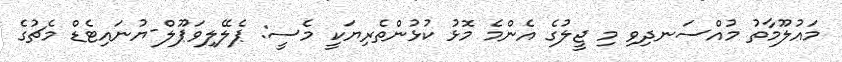
މައުލޫމާތު މުއްސަނދިވި މި ޖީލުގެ އެންމެ މޮޅު ކުޅުންތެރިޔަކީ މެސީ: ޕެލޭލިވަޕޫލް-ޔުނައިޓެޑް މެޗުގެ